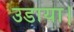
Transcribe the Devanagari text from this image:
उडाया।